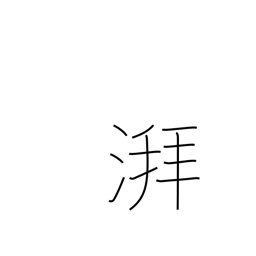
Meaning: sound of waves